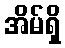
အိမ်ရှိ